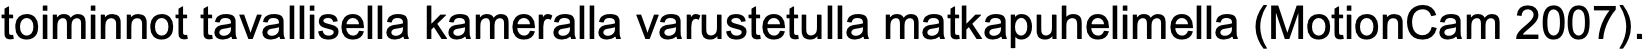
toiminnot tavallisella kameralla varustetulla matkapuhelimella (MotionCam 2007).